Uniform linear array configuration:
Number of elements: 24
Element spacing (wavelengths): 0.25
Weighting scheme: uniform
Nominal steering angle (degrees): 60
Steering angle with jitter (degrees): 60.033
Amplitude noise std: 0.05
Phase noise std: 0.05

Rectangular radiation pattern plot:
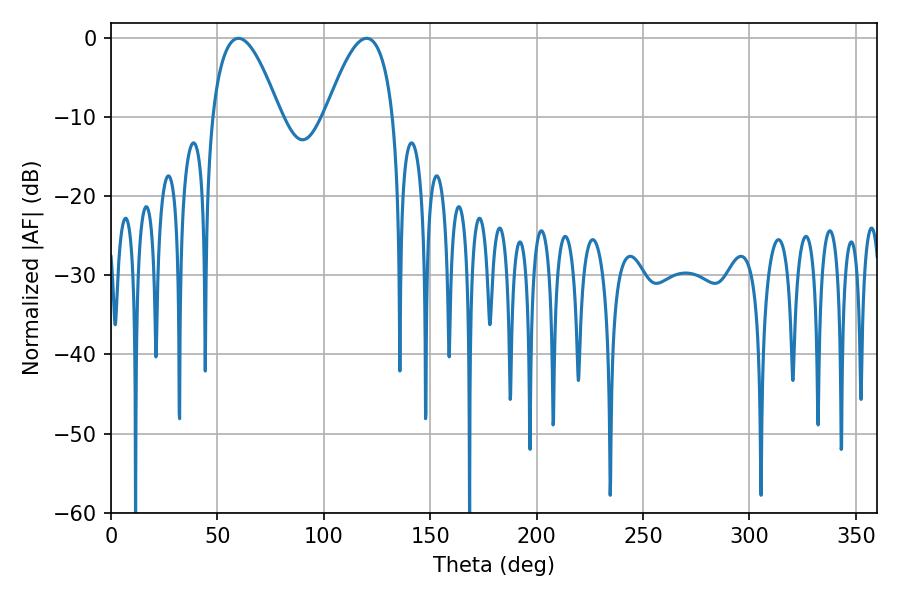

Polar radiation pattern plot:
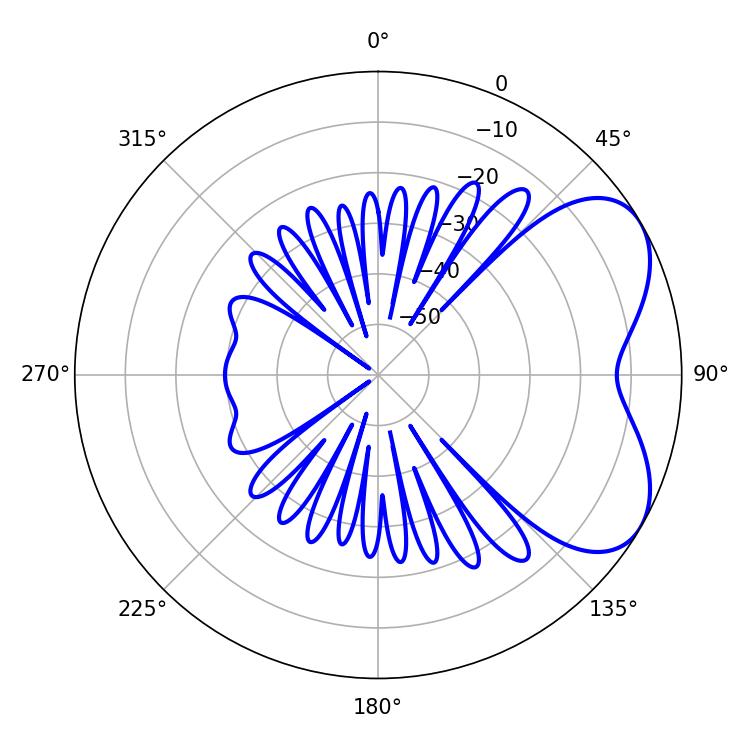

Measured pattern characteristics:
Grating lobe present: FALSE
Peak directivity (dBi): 5.276
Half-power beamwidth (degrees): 17.46
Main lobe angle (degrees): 59.94